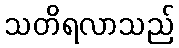
သတိရလာသည်